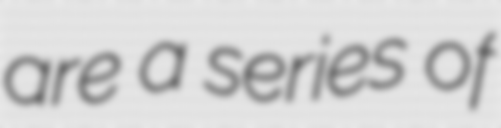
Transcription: are a series of